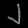
Digit: ၂